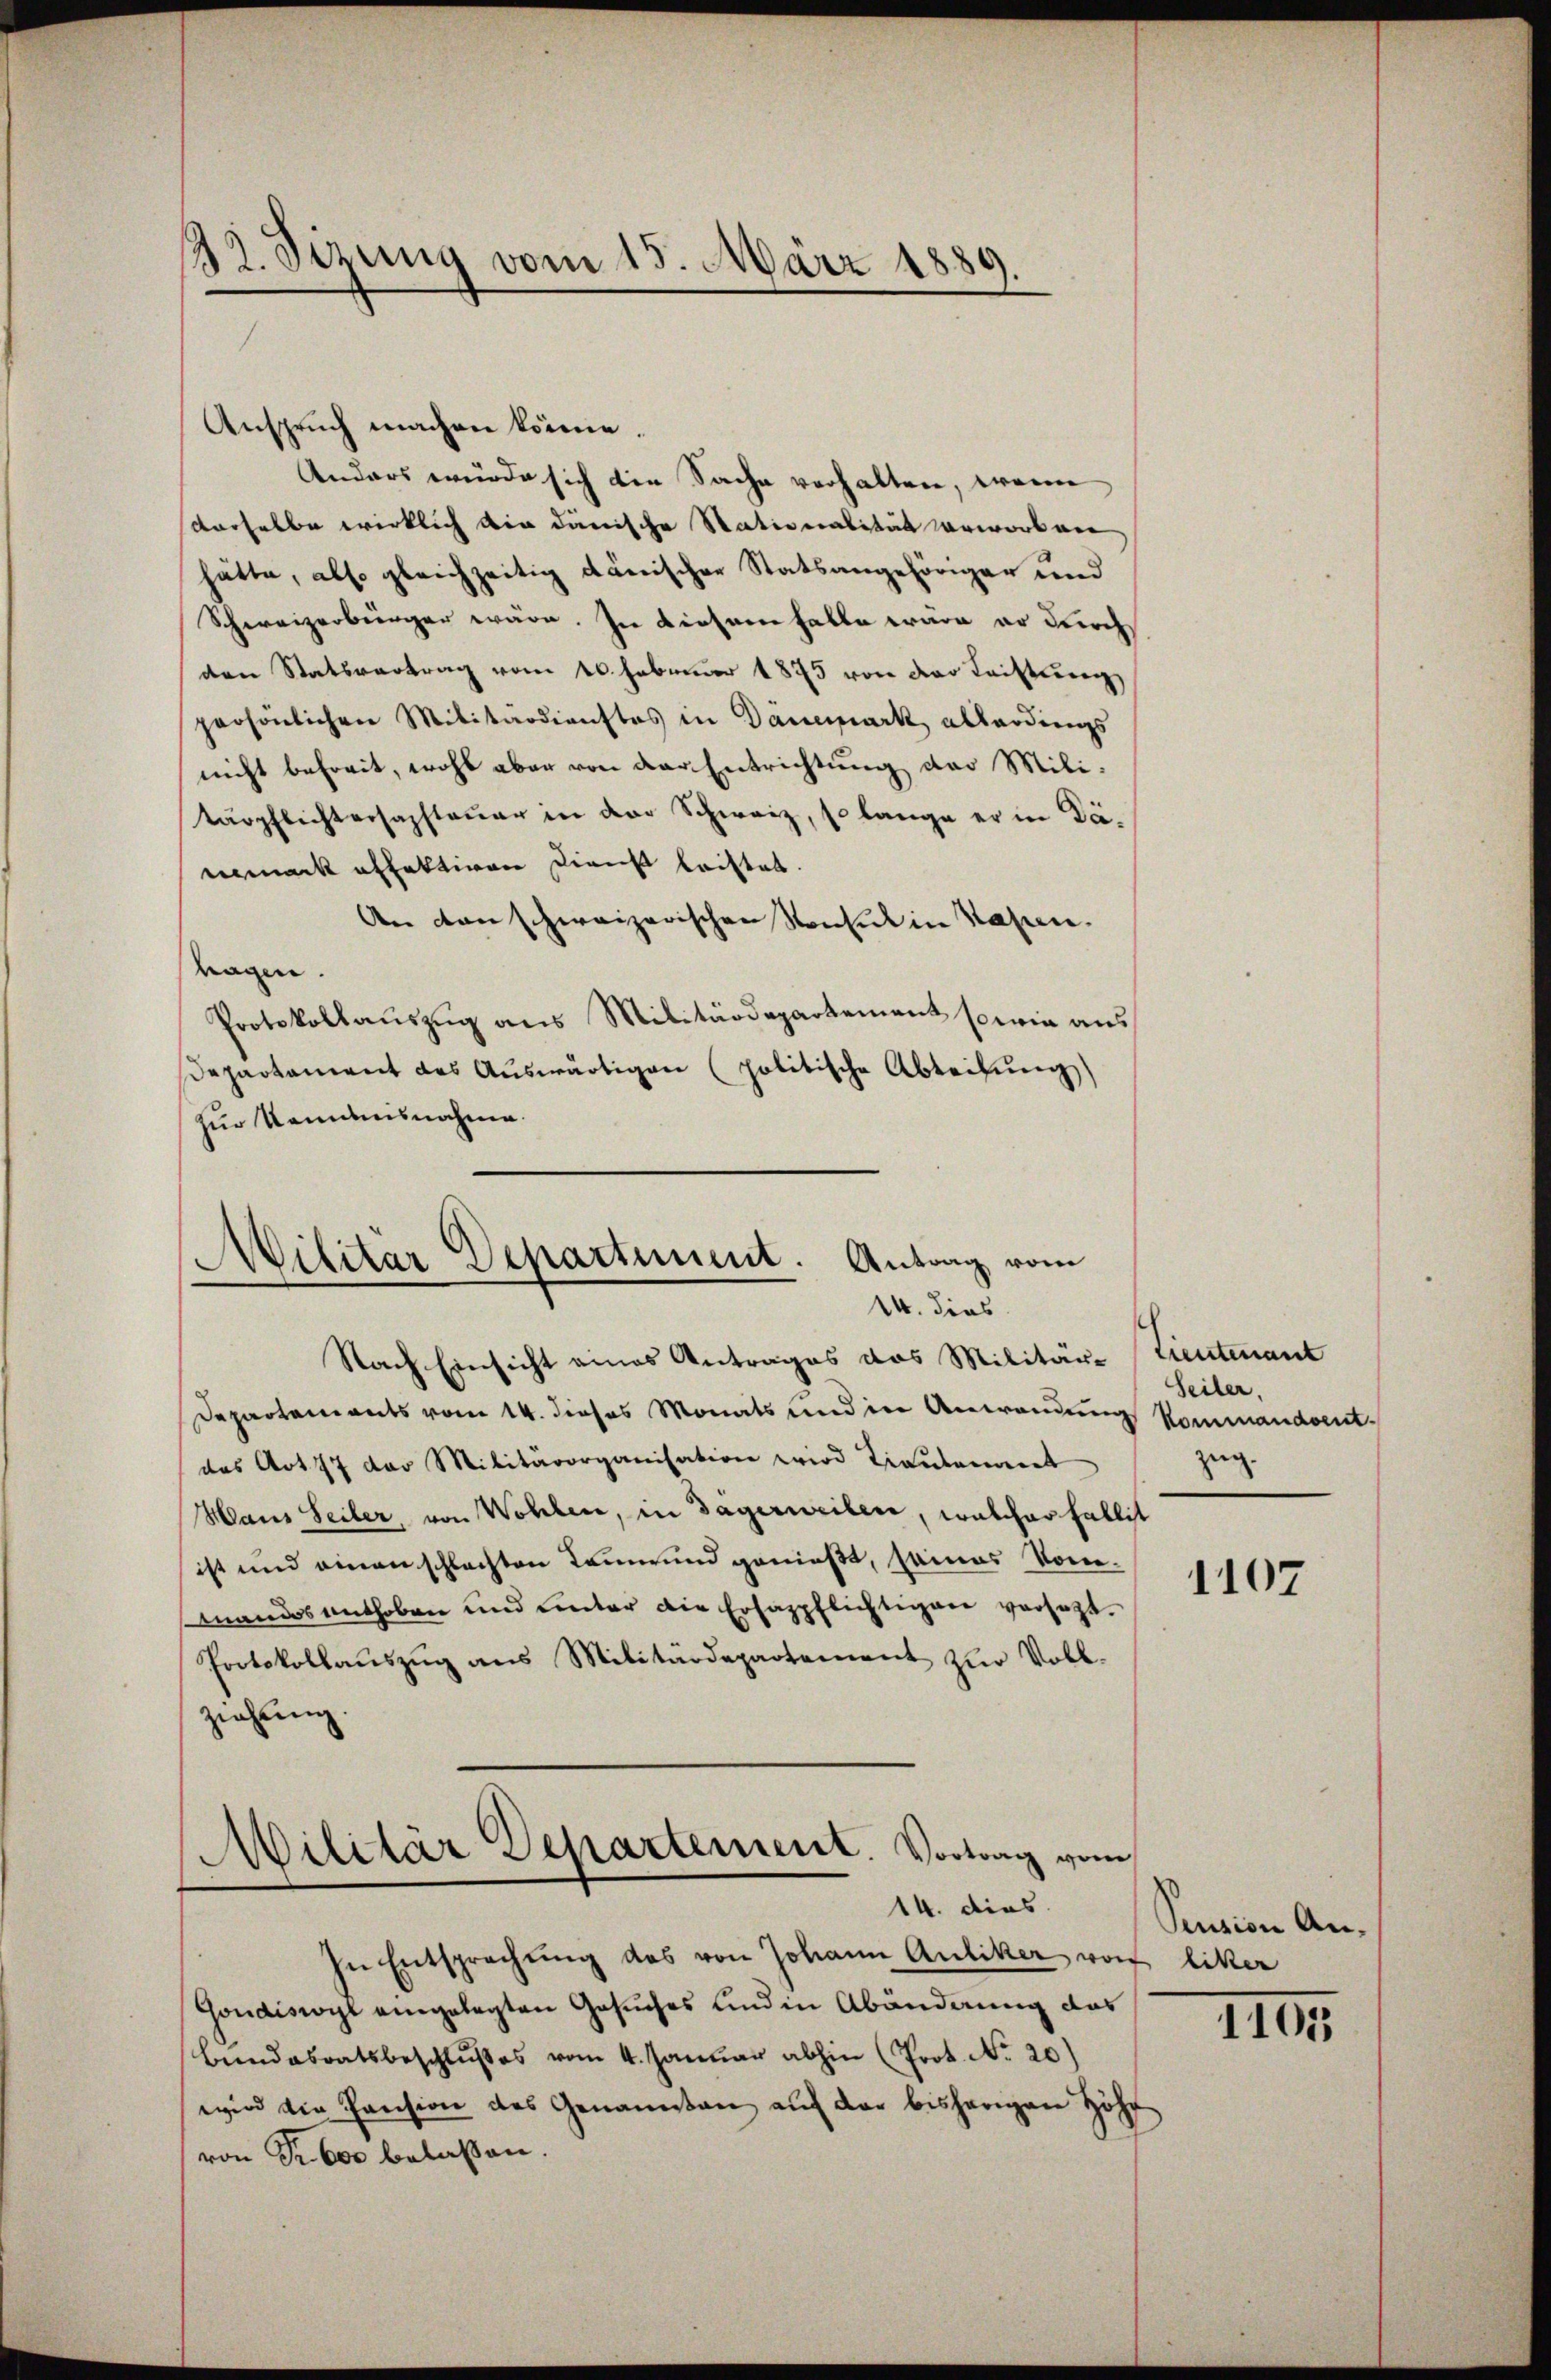
32. Sizung vom 15. März 1889.

Anspruch machen könne.
Anders würde sich die Sache verhalten, wenn
Derselbe wirklich die danische Stationalität vorworbene
hätte, also gleichzeitig dänischer Statsangehöriger und
Schweizerbürger wäre. In diesem Falle wäre er durch
den Statsvertrag vom 20. Februar 1875 von der Leistung
persönlichen Militärdienstes in Danemark allerdings
nicht befreit, wohl aber von der Entrichtung der Militärpflichtersaphteŭer in der Schweiz, so lange er in Däeigmack affaktiven Dienst leistet.
An man schweizerischen Sentit in Kapen.
tagen.
Protokollauszug aus Militärdepartement sowie aus
Departament des Auswärtigen (politische Abteilung)
zur Kenntnisnahme.
Nach Einsicht eines Antrages das Militär- Lieutenant
Departements vom 14. dieses Monats und in Anwendung Kommandentdas Art. 77 der Militärorganisation wird Trautanderet
Hans Seiler, von Wohlen, in Dägerweilen, welcher Fallit
ist und einenschlachten Dann und genießt, seines kommandos enthoben und unter die Erhappflichtigen versetzt.
Protokollaŭszŭg ans Militärdepartement zŭr Voll-
ziehung.
Militär Departement. Vortrag vom
14. dies
In Entsprechŭng das von Johann Antiker vorf liker
Gondiswyl eingelegten Gesuches und in Abänderung das
Bundesratsbeschlußes vom 4. Januar abhin (Prot. No. 20)
wird die Pension des Genannten auf der bisherigen Höhe
von Fr. 600 belaßen.

Wilitar Departement. Antrag vom
.
14. dies

Seiter.
zug.

1107

Pension An-

1195